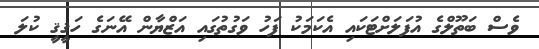
ވެސް ބަތޫލްގެ އުފަލަށްޓަކައި އެކަމަކު ފަހު ވަގުތުގައި އަޒްޔާން އޭނަގެ ހަޤީޤީ ކުލަ